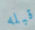
قبله